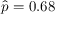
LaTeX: { \hat { p } } = 0 . 6 8